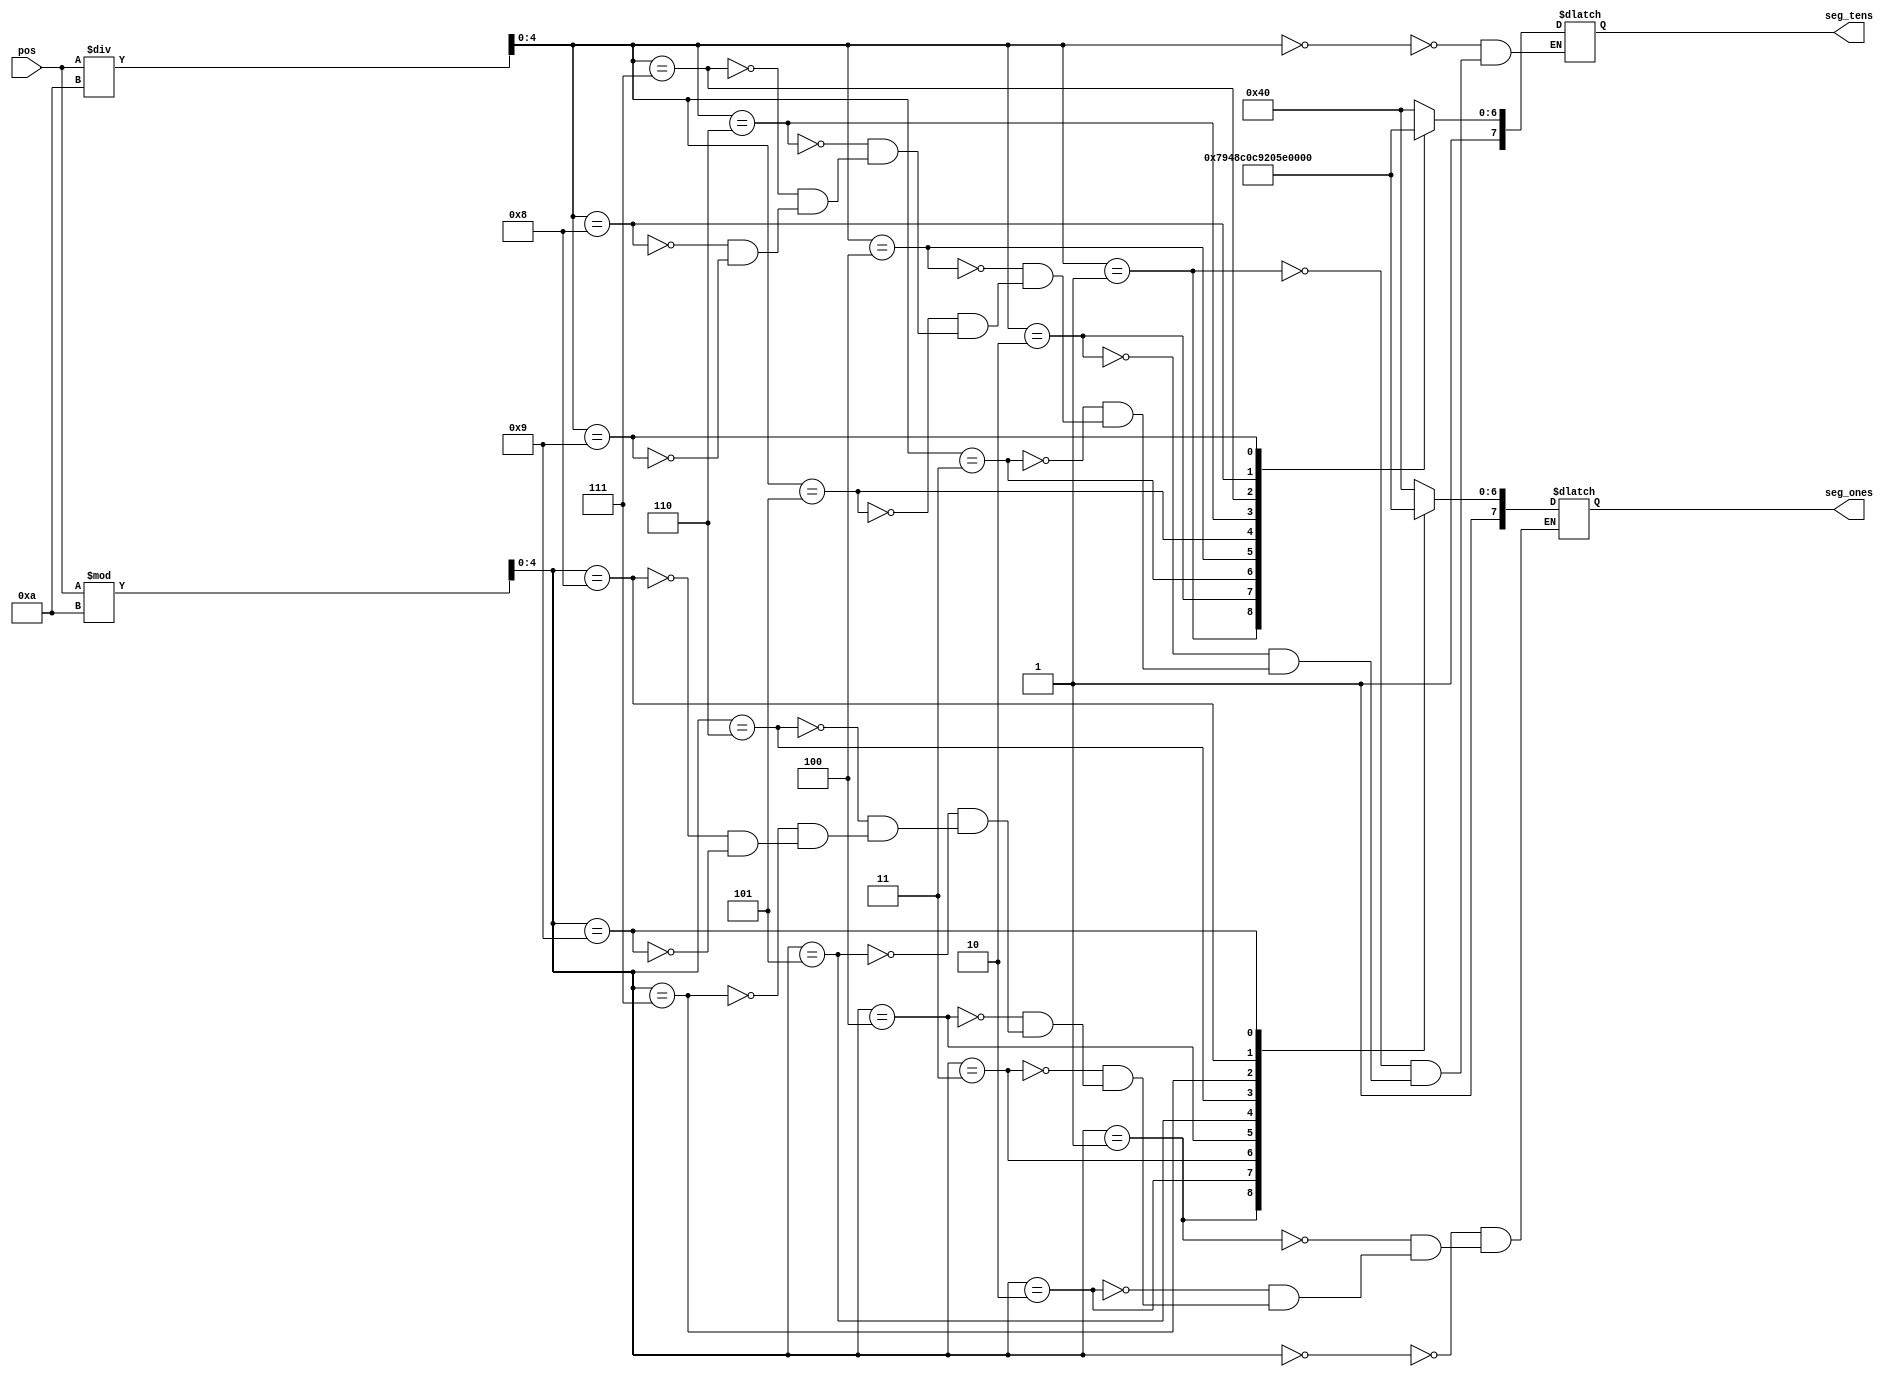
`timescale 1ns / 1ps
//////////////////////////////////////////////////////////////////////////////////
// Company: 
// Engineer: 
// 
// Design Name: 
// Module Name: Show_Coords
// Project Name: 
// Target Devices: 
// Tool Versions: 
// Description: 
// 
// Dependencies: 
// 
// Revision:
// Revision 0.01 - File Created
// Additional Comments:
// 
//////////////////////////////////////////////////////////////////////////////////


module Show_Coords(
    input [10:0] pos,
    output reg [7:0] seg_tens,
    output reg [7:0] seg_ones
    );
    wire [4:0] tens_place = pos / 10;
    wire [4:0] ones_place = pos % 10;
    always @ (*) begin
        case (tens_place)
            0: begin
                seg_tens <= 8'b11000000;
            end
            1: begin
                seg_tens <= 8'b11111001;
            end
            2: begin
                seg_tens <= 8'b10100100;
            end
            3: begin
                seg_tens <= 8'b10110000;
            end
            4: begin
                seg_tens <= 8'b10011001;
            end
            5: begin
                seg_tens <= 8'b10010010;
            end
            6: begin
                seg_tens <= 8'b10000010;
            end
            7: begin
                seg_tens <= 8'b11111000;
            end
            8: begin
                seg_tens <= 8'b10000000;
            end
            9: begin
                seg_tens <= 8'b10010000;
            end
        endcase
        case (ones_place)
            0: begin
                seg_ones <= 8'b11000000;
            end
            1: begin
                seg_ones <= 8'b11111001;
            end
            2: begin
                seg_ones <= 8'b10100100;
            end
            3: begin
                seg_ones <= 8'b10110000;
            end
            4: begin
                seg_ones <= 8'b10011001;
            end
            5: begin
                seg_ones <= 8'b10010010;
            end
            6: begin
                seg_ones <= 8'b10000010;
            end
            7: begin
                seg_ones <= 8'b11111000;
            end
            8: begin
                seg_ones <= 8'b10000000;
            end
            9: begin
                seg_ones <= 8'b10010000;
            end
        endcase
    end   
endmodule